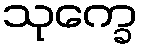
သုက္ခေ